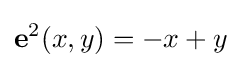
\mathbf {e} ^{2}(x,y)=-x+y